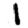
Digit: 1